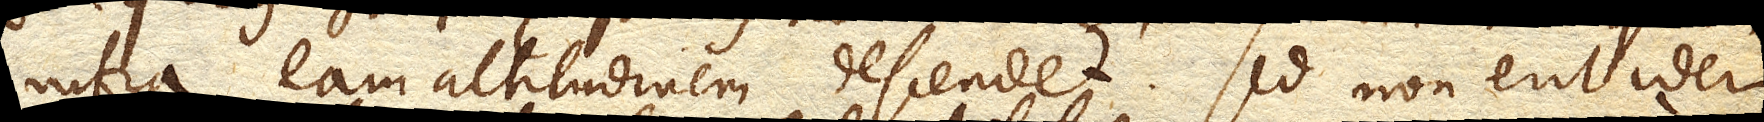
infra eam altitudinem descendet. Sed non erit idem